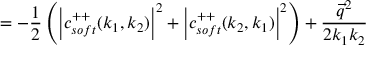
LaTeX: = - \frac 1 2 \left( \left| c _ { s o f t } ^ { + + } ( k _ { 1 } , k _ { 2 } ) \right| ^ { 2 } + \left| c _ { s o f t } ^ { + + } ( k _ { 2 } , k _ { 1 } ) \right| ^ { 2 } \right) + \frac { \overrightarrow { q } ^ { 2 } } { 2 k _ { 1 } k _ { 2 } }